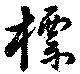
標